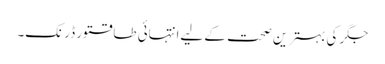
جگر کی بہترین صحت کے لیےانتہائی طاقتور ڈرنک۔